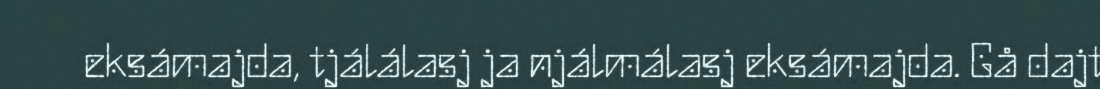
eksámajda, tjálálasj ja njálmálasj eksámajda. Gå dajt